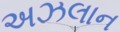
અઝલાન